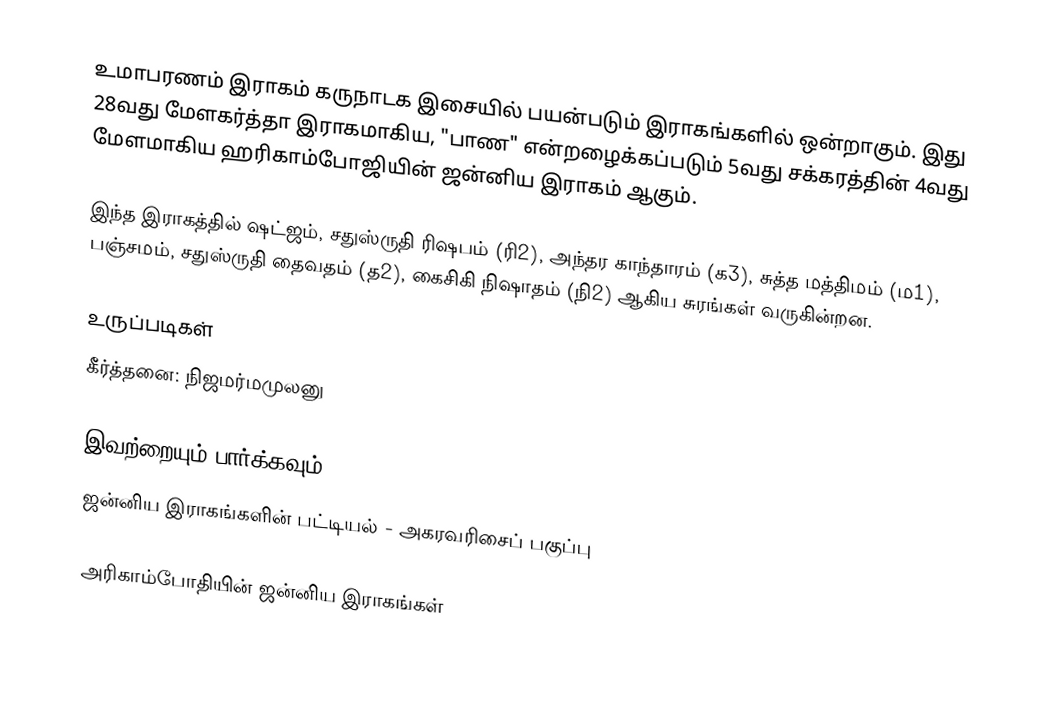
உமாபரணம் இராகம் கருநாடக இசையில் பயன்படும் இராகங்களில் ஒன்றாகும். இது 28வது மேளகர்த்தா இராகமாகிய, "பாண" என்றழைக்கப்படும் 5வது சக்கரத்தின் 4வது மேளமாகிய ஹரிகாம்போஜியின் ஜன்னிய இராகம் ஆகும்.

இந்த இராகத்தில் ஷட்ஜம், சதுஸ்ருதி ரிஷபம் (ரி2),  அந்தர காந்தாரம் (க3), சுத்த மத்திமம் (ம1), பஞ்சமம், சதுஸ்ருதி தைவதம் (த2), கைசிகி நிஷாதம்  (நி2) ஆகிய சுரங்கள் வருகின்றன.

உருப்படிகள்
 கீர்த்தனை: நிஜமர்மமுலனு

இவற்றையும் பார்க்கவும்
 ஜன்னிய இராகங்களின் பட்டியல் - அகரவரிசைப் பகுப்பு

அரிகாம்போதியின் ஜன்னிய இராகங்கள்